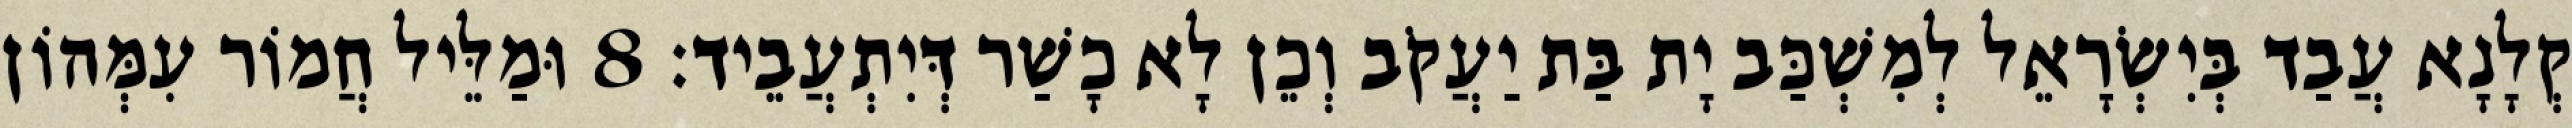
קְלָנָא עֲבַד בְּיִשְׂרָאֵל לְמִשְׁכַּב יָת בַּת יַעֲקֹב וְכֵן לָא כָשַׁר דְּיִתְעֲבֵיד׃ 8 וּמַלֵּיל חֲמוֹר עִמְּהוֹן